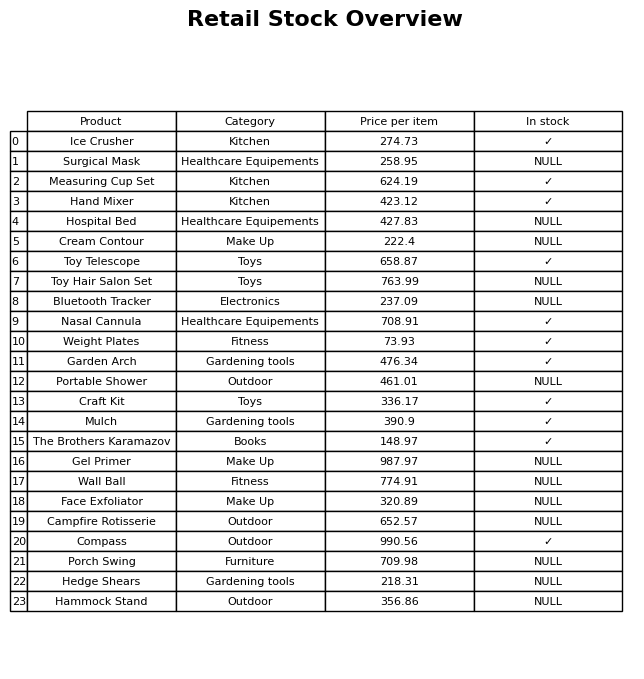
question: What is the stock status of the Campfire Rotisserie?
answer: NULL